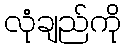
လုံချည်ကို